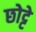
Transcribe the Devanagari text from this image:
छोट्टे